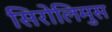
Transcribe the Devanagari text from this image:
सिरोलिमुस